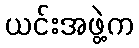
ယင်းအဖွဲ့က